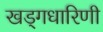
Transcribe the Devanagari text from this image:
खड्गधारिणी